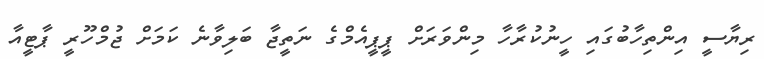
ރިޔާސީ އިންތިހާބުގައި ހީނުކުރާހާ މިންވަރަށް ޕީޕީއެމްގެ ނަތީޖާ ބަލިވާނެ ކަމަށް ޖުމްހޫރީ ޕާޓީއާ